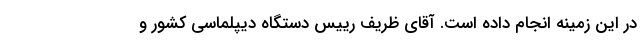
در این زمینه انجام داده است. آقای ظریف رییس دستگاه دیپلماسی کشور و